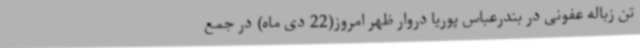
تن زباله عفونی در بندرعباس پوریا دروار ظهر امروز(22 دی ماه) در جمع